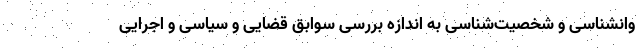
وانشناسی و شخصیت‌شناسی به اندازه بررسی سوابق قضایی و سیاسی و اجرایی